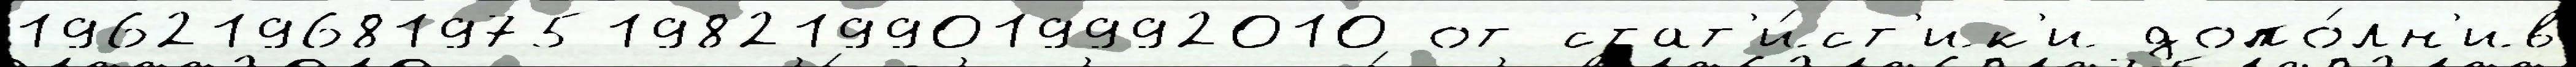
1962196819751982199019992010 от стат'и́ст'ик'и допо́лн'ив